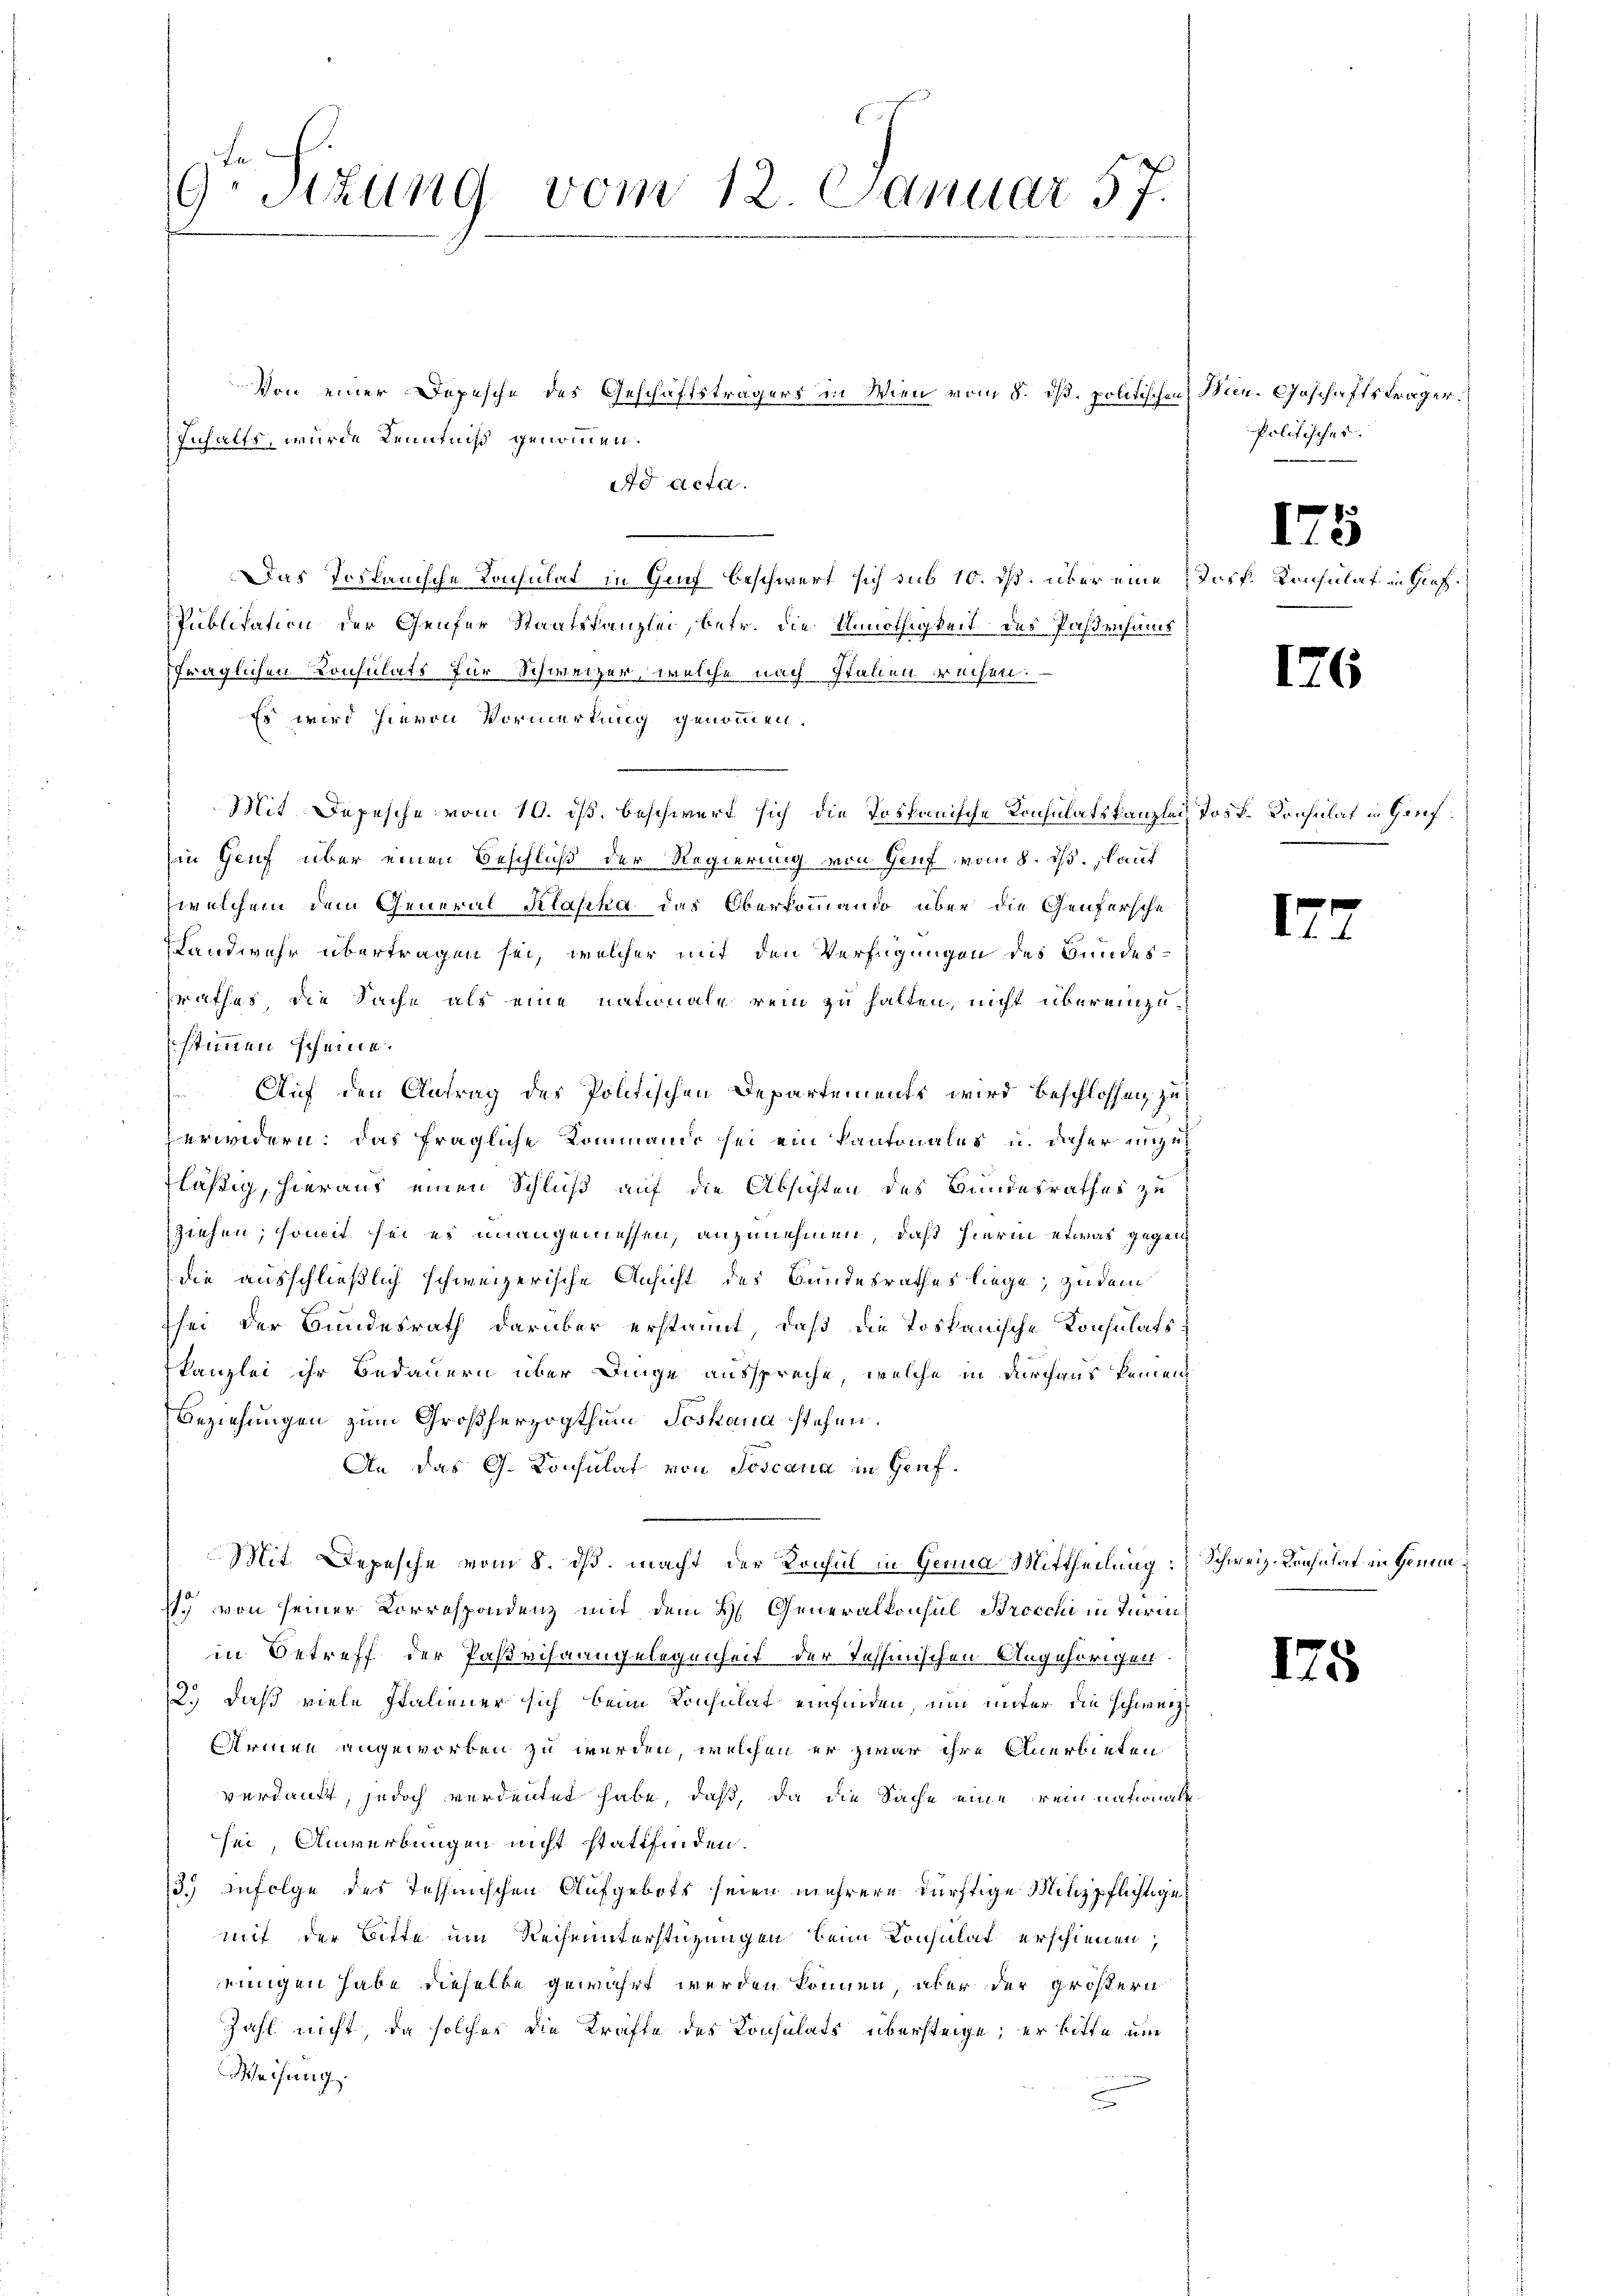
9 Stzung vom 12. Januar 57.

Von einer Depesche des Geschäftsträgers in Wien vom 8. ds. politischen
dd acta.
Das Tortanische Konsulat in Genf beschwert sich sub 10. ds. über eine Dorf Konsulat in Graf
Puklisation der Genfer Staatskanzlei, betr. die Unnöthigkeit des Pastensums
fraglichen Konsulats für Schweizer, welche nach Stahlen reisen.
Es wird hievon Vormerkung genommen.
Mit Depesche vom 10. ist, beschwert sich die Tospanische Konsulatskanzlei Jost. Konsulat in Genf¬
Ein Genf über einen Beschluß der Regierung von Genf vom 8. ds. laut
welchem dem General Klaska das Oberkommando über die Genfersche
Landwehr übertragen sei, welcher mit den Verfügungen des Bundes-
srathes, die Sache als eine nationale rein zu halten, nicht übereinzustimmen scheine.
Auf den Antrag des Politischen Departements wird beschlossen zu
erwidern. Das fragliche Kommando sei ein Kantonales u. daher unzufläßig, hieraus einen Schluß auf die Absichten des Bundesrathes zu
ziehen; somit sei es unangemessen, anzunehmen, daß hierin etwas gegendie ausschließlich schweizerische Ansicht des Bundesrathes liege, zu dem
sei der Bundesrath darüber erstannt, daß die Toskanische Konsulatstkanzlei ihr Bedauern über Dinge ausspreche, welche in durchaus keinen
Beziehungen zum Großherzogthum Joskana stehen.
An das G. Konsulat von Toscana in Genf.
Mit Depesche vom 8. ds. macht der Konsul in Genua Mittheilung: Schweiz. Krasulat in Gemein¬
1. von seiner Correspondenz mit dem H. Generalkonsul Brocchi in Termiin Betreff der Paßvisaangelegenheit der Tessinischen Angehörigen
2.) daß viele Italiener sich beim Konsulat einfinden, um unter die schweiz.
Arinen angeworben zu werden, welchen er zwar ihre Anerbieten
verdankt, jedoch verdeutet habe, daß, da die Sache eine rein nationale
sei, Anwerbungen nicht stattfinden.
135 infolge des Tessinischen Aufgebots seien mehrere dürftige Milizpflichtiges
mit der Bitte um Rechnunterstüzungen beim Konsulat erschienen,
einigen habe dieselbe gewährt werden können, aber der größern
Zahl nicht, da solches die Kräfte des Consulats übersteige, er bitte um
Weisung.
n
c

Inhalts, wurde Kenntniß genommen.

Hin. Geschäftsträger.
Politisches.

e

175

176

17

125